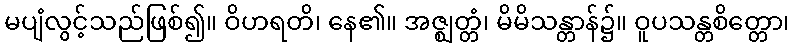
မပျံလွင့်သည်ဖြစ်၍။ ဝိဟရတိ၊ နေ၏။ အဇ္ဈတ္တံ၊ မိမိသန္တာန်၌။ ဝူပသန္တစိတ္တော၊